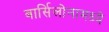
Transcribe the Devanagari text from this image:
बार्सिलोनामध्ये